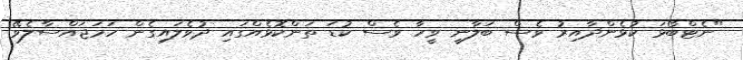
"ނެޓްބޯޅަ ކުޅެންދާއިރު ވެސް ބަލާނީ ވީހާ ވެސް ކުޑަ ތަންކޮޅެއްގައި ދުވެލައިގެން ހަމަޖައްސާލެވޭ